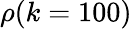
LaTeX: \rho(k=100)